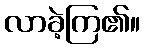
လာခဲ့ကြ၏။